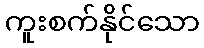
ကူးစက်နိုင်သော